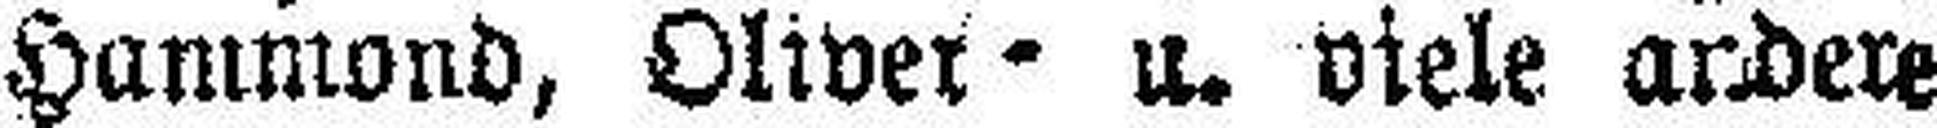
Hammond, Oliver= u. viele andere